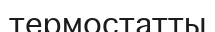
термостатты